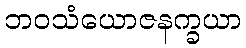
ဘဝသံယောဇနက္ခယာ